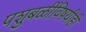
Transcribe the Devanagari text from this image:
पशुबळींविषयीही